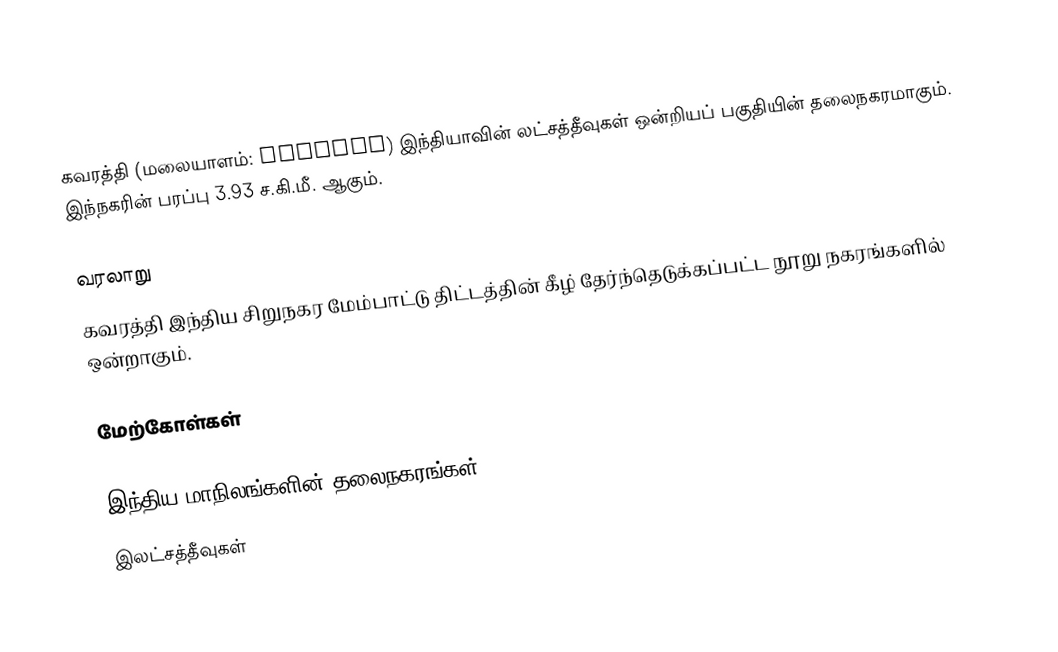
கவரத்தி (மலையாளம்: കവരത്തി) இந்தியாவின் லட்சத்தீவுகள் ஒன்றியப் பகுதியின் தலைநகரமாகும். இந்நகரின் பரப்பு 3.93 ச.கி.மீ. ஆகும்.

வரலாறு
கவரத்தி இந்திய சிறுநகர மேம்பாட்டு திட்டத்தின் கீழ் தேர்ந்தெடுக்கப்பட்ட நூறு நகரங்களில் ஒன்றாகும்.

மேற்கோள்கள்

இந்திய மாநிலங்களின் தலைநகரங்கள்
இலட்சத்தீவுகள்